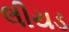
લીયડ